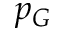
p _ { G }